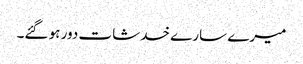
میرے سارے خدشات دور ہو گئے۔